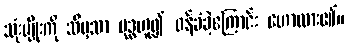
သုံးမျိုးကို သိမှသာ ဗုဒ္ဓဟူ၍ ဝန်ခံခဲ့ကြောင်း ဟောထား၏။